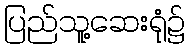
ပြည်သူ့ဆေးရုံ၌